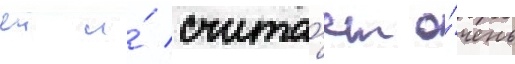
еи и́ счита́ет о́чень